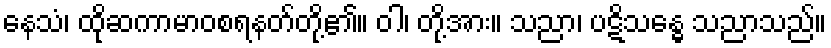
နေသံ၊ ထိုဆကာမာဝစရနတ်တို့၏။ ဝါ၊ တို့အား။ သညာ၊ ပဋိသန္ဓေ သညာသည်။